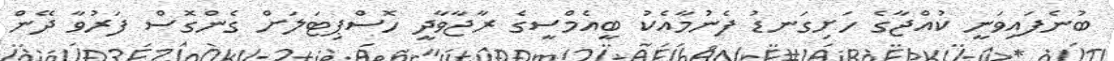
ބުނެފައިވަނީ ކުއްޖާގެ ހަށިގަނޑު ފެނުމާއެކު ބީއެމްސީގެ ރާޖާވާދީ ހޮސްޕިޓަލަށް ގެންގޮސް ފަރުވާ ދޭން